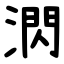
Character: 㴸